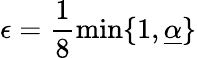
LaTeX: \epsilon=\frac{1}{8}\operatorname*{min}\lbrace 1,\underline{{\alpha}}\rbrace